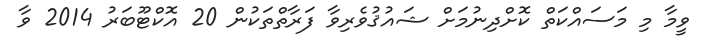
ވީމާ މި މަސައްކަތް ކޮށްދިނުމަށް ޝައުޤުވެރިވާ ފަރާތްތަކުން 20 އޮކްޓޫބަރު 2014 ވާ